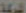
الشركة